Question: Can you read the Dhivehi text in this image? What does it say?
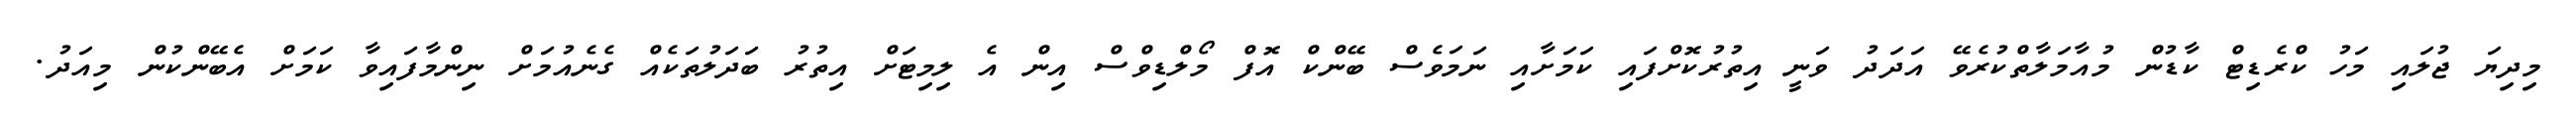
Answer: މިދިޔަ ޖުލައި މަހު ކްރެޑިޓް ކާޑުން މުއާމަލާތްކުރެވޭ އަދަދު ވަނީ އިތުރުކޮށްފައި ކަމަށާއި ނަމަވެސް ބޭންކް އޮފް މޯލްޑިވްސް އިން އެ ލިމިޓަށް އިތުރު ބަދަލުތަކެއް ގެނެއުމަށް ނިންމާފައިވާ ކަމަށް އެބޭންކުން މިއަދު.